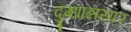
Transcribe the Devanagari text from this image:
दुग्धान्नसार